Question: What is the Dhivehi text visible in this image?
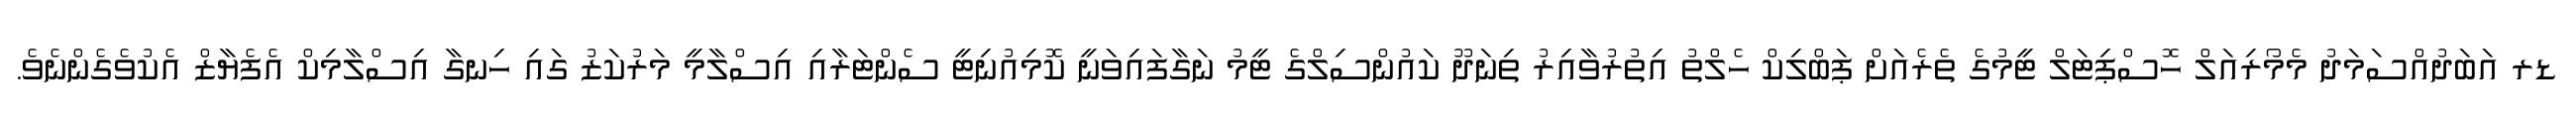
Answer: ޑރ އަބަދުއްސަމަދު މެމޯރިއަލް ހޮސްޕިޓަލް ޓީމުގެ ތެރެއަށް ޕަބްލިކް ހެލްތު އިތުރުވާއިރު ތިނަދޫ ކައުންސިލްގެ ޓީމު ނަގާފައިވަނީ ކޮމިއުނިޓީ ސެންޓަރާއި އިސްލާމީ މަރުކަޒު ގައި ހިނގާ އިސްލާމިކް އެފެޔާޒް އެކުވެގެންނެވެ.